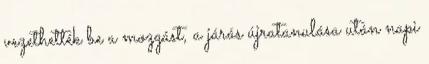
vezethették be a mozgást, a járás újratanulása után napi